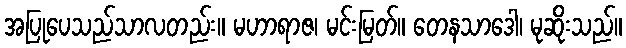
အပြုပေသည်သာလတည်း။ မဟာရာဇ၊ မင်းမြတ်။ တေနသာဒေါ၊ မုဆိုးသည်။